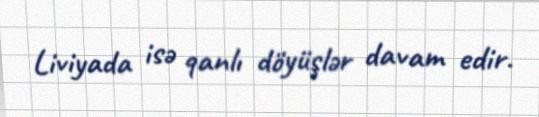
Liviyada isə qanlı döyüşlər davam edir.